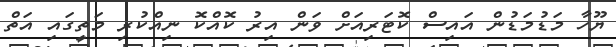
ޔޫހާ މަޑުމަޑުން އައިސް ކޮޓަރިއަށް ވަން އިރު ކޮއްކޮ ނިއްކުރި މަތީގައި އަތް